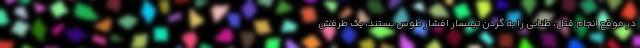
در موقع انجام قتل، طنابی را به گردن تیمسار افشار طوس بستند، یک طرفش